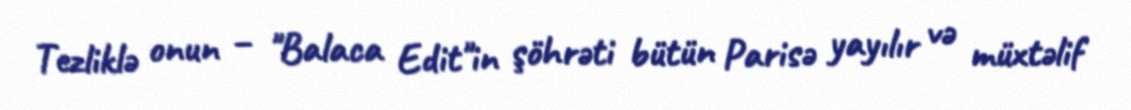
Tezliklə onun – "Balaca Edit"in şöhrəti bütün Parisə yayılır və müxtəlif